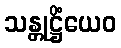
သန္တုဋ္ဌိံယေဝ